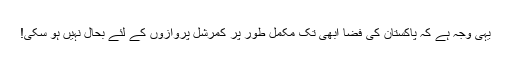
یہی وجہ ہے کہ پاکستان کی فضا ابھی تک مکمل طور پر کمرشل پروازوں کے لئے بحال نہیں ہو سکی!